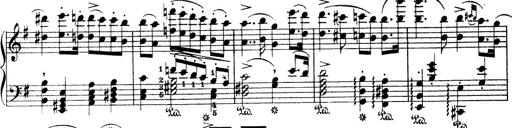
Title: Wagner-Liszt Album
Composer: Franz Liszt